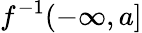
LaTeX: f^{-1}(-\infty,a]